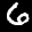
Label: 6